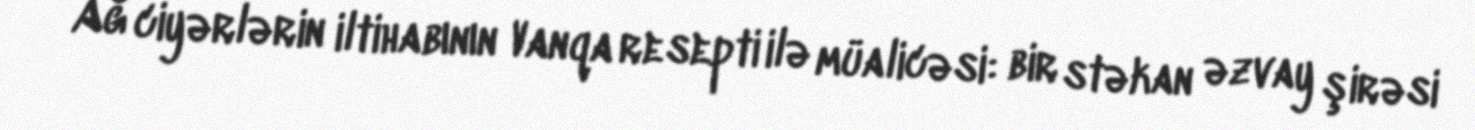
Ağ ciyərlərin iltihabının Vanqa resepti ilə müalicəsi: bir stəkan əzvay şirəsi